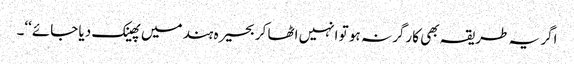
اگر یہ طریقہ بھی کارگر نہ ہو تو انہیں اٹھا کر بحیرہ ہند میں پھینک دیا جائے‘‘۔